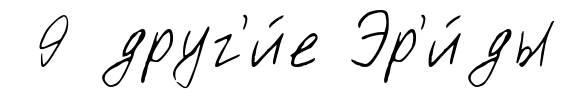
9 друг'и́е Эр'и́ды